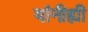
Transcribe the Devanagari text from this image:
यांनीह्यी